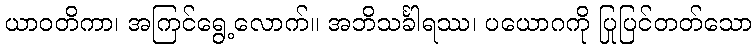
ယာဝတိကာ၊ အကြင်ရွေ့လောက်။ အဘိသင်္ခါရဿ၊ ပယောဂကို ပြုပြင်တတ်သော